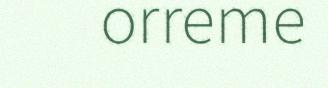
orreme